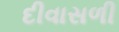
દીવાસળી